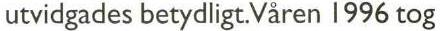
utvidgades betydligt.Våren 1996 tog